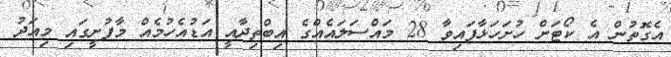
އެގޮތުން އެ ކޯޓަށް ހުށަހަޅާފައިވާ 28 މައްސަލައެއްގެ އިބްތިދާއީ އަޑުއެހުމެއް މާފުށީގައި މިއަދު